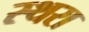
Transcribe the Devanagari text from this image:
स्थरा